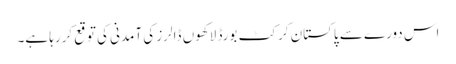
اس دورے سے پاکستان کرکٹ بورڈ لاکھوں ڈالرز کی آمدنی کی توقع کررہا ہے۔